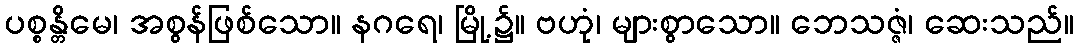
ပစ္စန္တိမေ၊ အစွန်ဖြစ်သော။ နဂရေ၊ မြို့၌။ ဗဟုံ၊ များစွာသော။ ဘေသဇ္ဇံ၊ ဆေးသည်။